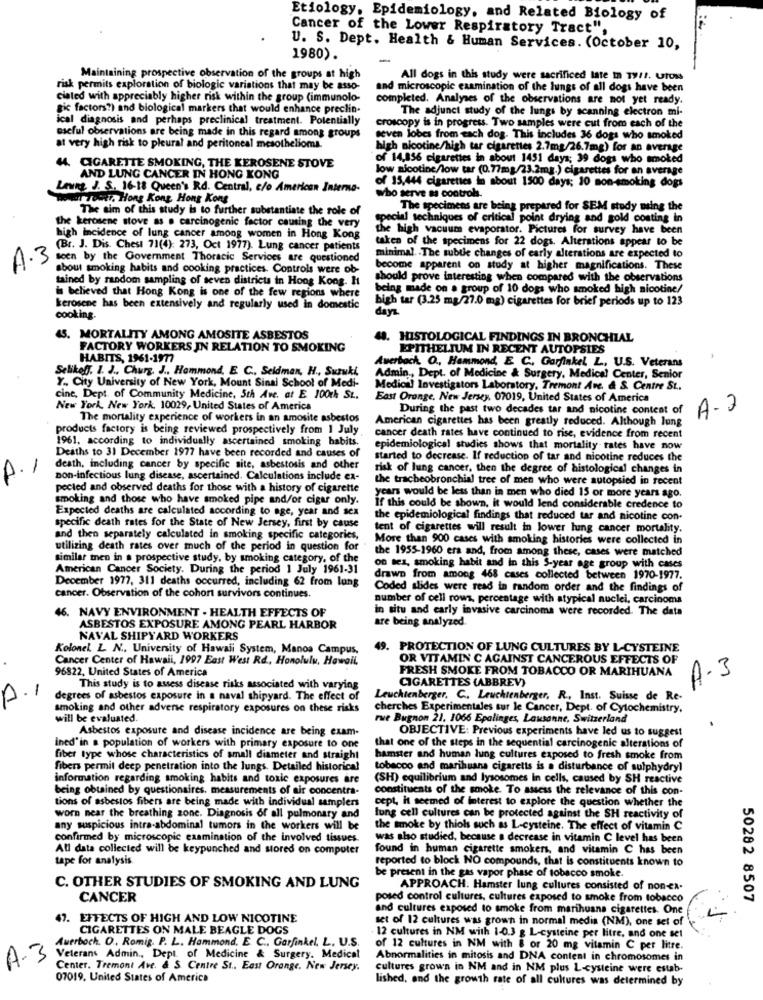
Etiology, Epidemiology, and Related Biology of
Cancer of the Lower Respiratory Tract",
U. S. Dept. Health & Human Services. (October 10,
1980).
Maintaining prospective observation of the groups at high
All dogs in this study were sacrificed late in 19/1. Ufois
risk permits exploration of biologic variations that may be asso-
and microscopic examination of the huings of all dogs have been
ciated with appreciably higher risk within the group (immunolo-
completed. Analyses of the observations are not yet ready.
gic factors?) and biological markers that would enhance preclin-
The adjunct study of the lungs by scanning electron mi-
ical diagnosis and perhaps preclinical treatment. Potentially
croscopy is in progress. Two samples were cut from each of the
useful observations are being made in this regard among groups
seven lobes from each dos. This includes 36 dogs who smoked
at very high risk to pleural and peritoneal mesothelioma.
high nicotine/high tar cigarettes 2.7mg/26.7mg) for an average
of 14,856 cigarettes in about 1451 days; 39 dogs who smoked
44. CIGARETTE SMOKING, THE KEROSENE STOVE
low nicotine/low tar (0.77mg/23.2mg.) cigarettes for an average
AND LUNG CANCER IN HONG KONG
of 15,444 cigarettes in about 1500 days; 10 non-smoking dogs
Leung, J. S. 16-18 Queen's Rd. Central, c/o American Interna-
Tower, Hong Kong Hong Kong
who serve as controls.
The aim of this study is to further substantiate the role of
The specimens are being prepared for SEM study maing the
special techniques of critical point drying and gold costing in
the kerosene stove as . carcinogenic factor causing the very
the high vacuum evaporator. Pictures for survey have been
high incidence of lung cancer among women in Hong Kong
taken of the specimens for 22 dogs. Alterations appear to be
(Br. J. Dis. Chest 71(4): 273, Oct 1977). Lung cancer patients
A.3
seen by the Government Thoracic Services are questioned
minimal. . The subtle changes of early alterations are expected to
about smoking habits and cooking practices. Controls were ob-
become apparent on study at higher magnifications. These
tained by random sampling of seven districts in Hong Kong. Ht
should prove interesting when compared with the observations
is believed that Hong Kong is one of the few regions where
being made on a group of 10 dogs who smoked high nicotine/
bigh tar (3.25 mg/27.0 mg) cigarettes for brief periods up to 123
kerosene has been extensively and regularly used in domestic
days.
cooking.
45. MORTALITY AMONG AMOSITE ASBESTOS
44. HISTOLOGICAL FINDINGS IN BRONCHIAL
FACTORY WORKERS IN RELATION TO SMOKING
EPITHELIUM IN RECENT AUTOPSIES
HABITS, 1961-1977
Auerbach. O ., Hammond, E C. Garfinkel L. U.S. Veterans
Selikoff. 1. J ., Churg, J ., Hammond, E. C ., Seidman, H ., Suzuki,
Admin ., Dept. of Medicine & Surgery, Medical Center, Senior
Y ., City University of New York, Mount Sinai School of Medi-
Medical Investigators Laboratory. Tremont Ave. & S. Centre St.
cine, Dept. of Community Medicine, Sth Ave. at E 100th St.
East Orange, New Jersey, 07019, United States of America
New York, New York, 10029, United States of America
During the past two decades tar and nicotine content of
A.2
The mortality experience of workers in an amosite asbestos
American cigarettes has been greatly reduced. Although Jung
products factory is being reviewed prospectively from 1 July
1961, according to individually ascertained smoking habits.
cancer death rates have continued to rise, evidence from recent
epidemiological studies shows that mortality rates have now
Deaths to 31 December 1977 have been recorded and causes of
started to decrease. If reduction of tar and nicotine reduces the
death, including cancer by specific site, asbestosis and other
risk of lung cancer, then the degree of histological changes in
A.1
non-infectious lung disease, ascertained. Calculations include ex-
the tracheobronchial tree of men who were autopsied in recent
pected and observed deaths for those with a history of cigarette
smoking and those who have smoked pipe and/or cigar only.
years would be less than in men who died 15 or more years ago.
Expected deaths are calculated according to age, year and sex
If this could be shown, it would lend considerable credence to
the epidemiological findings that reduced tar and nicotine con-
specific death rates for the State of New Jersey, first by cause
tent of cigarettes will result in lower lung cancer mortality.
and then separately calculated in smoking specific categories,
More than 900 cases with smoking histories were collected in
utilizing death rates over much of the period in question for
the 1955-1960 era and, from among these, cases were matched
similar men in a prospective study, by smoking category, of the
American Cancer Society. During the period 1 July 1961-31
on nes, smoking habit and in this S-year age group with cases
December 1977, 311 deaths occurred, including 62 from lung
drawn from among 468 cases collected between 1970-1977.
Coded slides were read in random order and the findings of
cancer. Observation of the cohort survivors continues.
number of cell rows, percentage with atypical nuclei, carcinoma
46. NAVY ENVIRONMENT . HEALTH EFFECTS OF
in situ and early invasive carcinoma were recorded. The data
are being analyzed.
ASBESTOS EXPOSURE AMONG PEARL HARBOR
NAVAL SHIPYARD WORKERS
Kolonel. L. N ., University of Hawaii System, Manoa Campus,
. PROTECTION OF LUNG CULTURES BY L-CYSTEINE
Cancer Center of Hawaii, 1997 East West Rd ., Honolulu, Hawaii,
OR VITAMIN C AGAINST CANCEROUS EFFECTS OF
96822, United States of America
FRESH SMOKE FROM TOBACCO OR MARIHUANA
A.3
-
This study is to assess disease risks associated with varying
CIGARETTES (ABBREV)
P
degrees of asbestos exposure in a naval shipyard. The effect of
Leuchtenberger. C ., Leuchtenberger, R ., Inst. Suisse de Re-
smoking and other adverse respiratory exposures on these risks
cherches Experimentales sur le Cancer, Dept. of Cytochemistry,
will be evaluated.
rue Burgnon 21. 1066 Epalinges, Lausanne, Switzerland
Asbestos exposure and disease incidence are being exam-
OBJECTIVE: Previous experiments have led us to suggest
ined'in a population of workers with primary exposure to one
that one of the steps in the sequential carcinogenic alterations of
fiber type whose characteristics of small diameter and straight
hamster and human lung cultures exposed to fresh smoke from
fibers permit deep penetration into the lungs. Detailed historical
tobacco and marihuana cigaretts is a disturbance of sulphydryl
information regarding smoking habits and toxic exposures are
(SH) equilibrium and lysosomes in cells, caused by SH reactive
being obtained by questionaires. measurements of air concentra-
constituents of the smoke. To assess the relevance of this con-
tions of asbestos fibers are being made with individual samplers
cept, it seemed of interest to explore the question whether the
worn near the breathing zone. Diagnosis of all pulmonary and
lung cell cultures can be protected against the SH reactivity of
any suspicious intra-abdominal tumors in the workers will be
the smoke by thiols such as L-cysteine. The effect of vitamin C
confirmed by microscopic examination of the involved tissues.
was also studied, because a decrease in vitamin C level has been
All data collected will be keypunched and stored on computer
found in human cigarette smokers, and vitamin C has been
tape for analysis.
reported to block NO compounds, that is constituents known to
be present in the gas vapor phase of tobacco smoke.
C. OTHER STUDIES OF SMOKING AND LUNG
APPROACH. Hamster lung cultures consisted of non-ex-
CANCER
posed control cultures, cultures exposed to smoke from tobacco
50282 8507
and cultures exposed to smoke from marihuana cigarettes. One
47. EFFECTS OF HIGH AND LOW NICOTINE
set of 12 cultures was grown in normal media (NM), one set of
CIGARETTES ON MALE BEAGLE DOGS
Auerboch. O ., Romig. P. L. Hammond. E. C ., Garfinkel, L. U.S.
12 cultures in NM with 1-0.3 g L-cysteine per litre, and one set
of 12 cultures in NM with & or 20 mg vitamin C per litre.
A.3
Veterans Admin ., Dept. of Medicine & Surgery. Medical
Abnormalities in mitosis and DNA content in chromosomes in
Center. Tremont Ave. & S. Centre St ., East Orange. New Jersey.
cultures grown in NM and in NM plus L-cysteine were estb-
07019. United States of America
lished, and the growth rate of all cultures was determined by